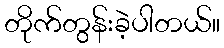
တိုက်တွန်းခဲ့ပါတယ်။